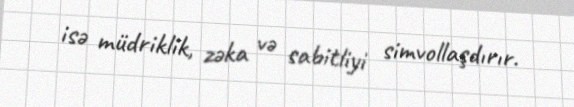
isə müdriklik, zəka və sabitliyi simvollaşdırır.